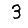
Digit: 3